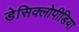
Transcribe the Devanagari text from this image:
डेसिक्लोपीडिया